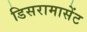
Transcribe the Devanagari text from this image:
डिसरामासेंट